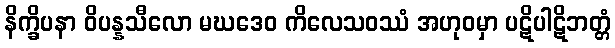
နိက္ခိပနာ ဝိပန္နသီလော မဃဒေဝ ကိလေသဝဿံ အဟုဝမှာ ပဋိပါဋိဘတ္တံ